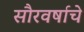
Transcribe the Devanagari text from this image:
सौरवर्षाचे